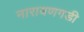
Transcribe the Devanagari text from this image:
नारायणगडी